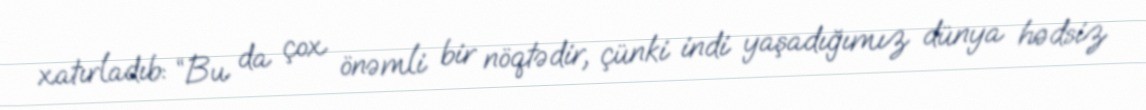
xatırladıb: “Bu da çox önəmli bir nöqtədir, çünki indi yaşadığımız dünya hədsiz